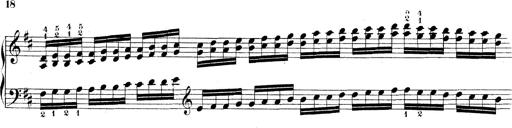
Title: Technische Studien
Composer: Franz Liszt